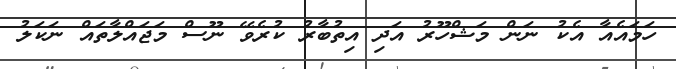
ހަމައެއާ އެކު ނަން މަޝްހޫރު އަދި އިތުބާރު ކުރެވޭ ނޫސް މަޖައްލާތައް ނަކަލު